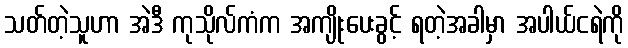
သတ်တဲ့သူဟာ အဲဒီ ကုသိုလ်ကံက အကျိုးပေးခွင့် ရတဲ့အခါမှာ အပါယ်ငရဲကို